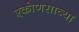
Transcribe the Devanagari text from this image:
एकोणसाव्या